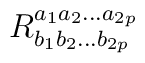
R_{b_1 b_2 ...b_{2p}}^{a_1 a_2 ...a_{2p}}